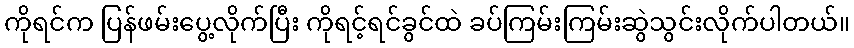
ကိုရင်က ပြန်ဖမ်းပွေ့လိုက်ပြီး ကိုရင့်ရင်ခွင်ထဲ ခပ်ကြမ်းကြမ်းဆွဲသွင်းလိုက်ပါတယ်။